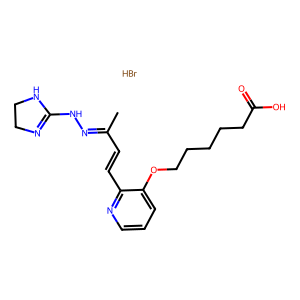
SMILES: Br.CC(C=Cc1ncccc1OCCCCCC(=O)O)=NNC1=NCCN1
Inhibits HIV replication: No